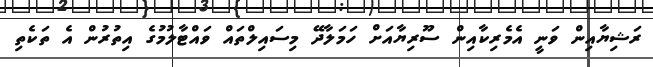
ރަޝިޔާއިން ވަނީ އެމެރިކާއިން ސޫރިޔާއަށް ހަމަލާދޭ މިސައިލްތައް ވައްޓާލުމުގެ އިތުރުން އެ ތަކެތި